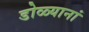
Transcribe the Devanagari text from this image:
डोळ्यानां